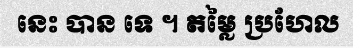
នេះ បាន ទេ ។ តម្លៃ ប្រហែល